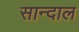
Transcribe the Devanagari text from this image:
सान्दाल